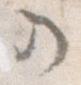
の